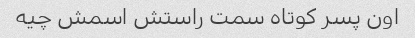
اون پسر کوتاه سمت راستش اسمش چیه